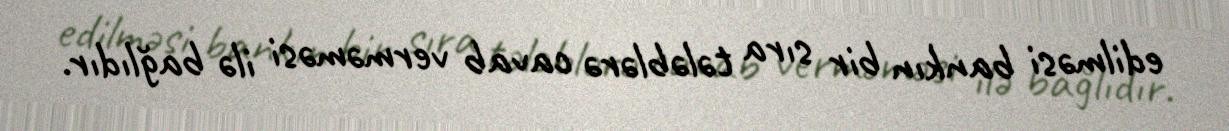
edilməsi bankın bir sıra tələblərə cavab verməməsi ilə bağlıdır.